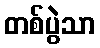
တစ်ပွဲသာ